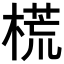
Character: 𣗄